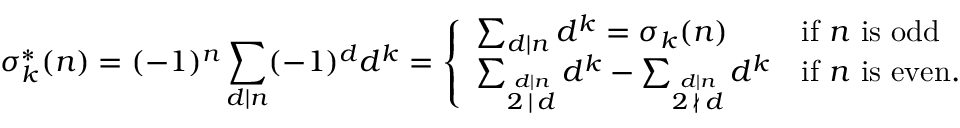
\sigma _ { k } ^ { * } ( n ) = ( - 1 ) ^ { n } \sum _ { d \mid n } ( - 1 ) ^ { d } d ^ { k } = { \left\{ \begin{array} { l l } { \sum _ { d \mid n } d ^ { k } = \sigma _ { k } ( n ) } & { { \mathrm { i f ~ } } n { \mathrm { ~ i s ~ o d d ~ } } } \\ { \sum _ { \stackrel { d \mid n } { 2 \, \mid \, d } } d ^ { k } - \sum _ { \stackrel { d \mid n } { 2 \, \nmid \, d } } d ^ { k } } & { { \mathrm { i f ~ } } n { \mathrm { ~ i s ~ e v e n } } . } \end{array} \right. }